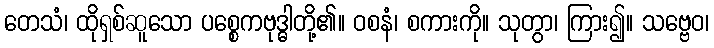
တေသံ၊ ထိုရှစ်ဆူသော ပစ္စေကဗုဒ္ဓါတို့၏။ ဝစနံ၊ စကားကို။ သုတွာ၊ ကြား၍။ သဗ္ဗေဝ၊